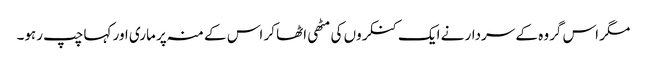
مگر اس گروہ کے سردار نے ایک کنکروں کی مٹھی اٹھا کر اس کے منہ پر ماری اور کہا چپ رہو۔